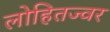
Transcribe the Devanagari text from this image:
लोहितज्वर